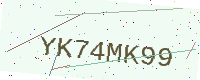
Text: YK74MK99